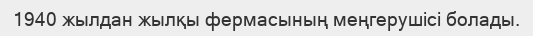
1940 жылдан жылқы фермасының меңгерушісі болады.